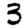
Digit: 3